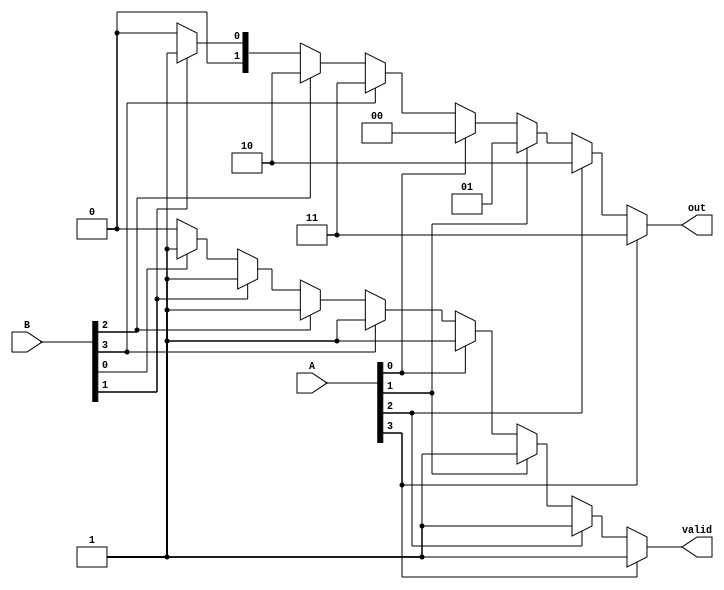
module dual_priority_encoder (
    input wire [3:0] A,  // Set A inputs (A0, A1, A2, A3)
    input wire [3:0] B,  // Set B inputs (B0, B1, B2, B3)
    output reg [1:0] out, // 2-bit output for the encoded index
    output reg valid      // Validity signal
);

    always @(*) begin
        // Default outputs
        out = 2'b00; // Default output
        valid = 1'b0; // Default validity

        // Check Set A first (higher priority)
        if (A[3]) begin
            out = 2'b11; // A3
            valid = 1'b1;
        end else if (A[2]) begin
            out = 2'b10; // A2
            valid = 1'b1;
        end else if (A[1]) begin
            out = 2'b01; // A1
            valid = 1'b1;
        end else if (A[0]) begin
            out = 2'b00; // A0
            valid = 1'b1;
        end else begin
            // Check Set B if no inputs from Set A are active
            if (B[3]) begin
                out = 2'b11; // B3
                valid = 1'b1;
            end else if (B[2]) begin
                out = 2'b10; // B2
                valid = 1'b1;
            end else if (B[1]) begin
                out = 2'b01; // B1
                valid = 1'b1;
            end else if (B[0]) begin
                out = 2'b00; // B0
                valid = 1'b1;
            end
        end
    end
endmodule